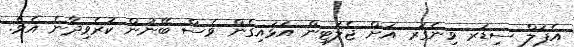
އެޕަލް ސިޑަރ ވިނެގަރ އަށް ޖެލަޓިން އަޅައިގެން ވެސް ބޭނުން ކުރެވިދާނެ އެވެ.